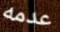
عدمه